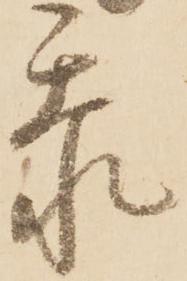
忝